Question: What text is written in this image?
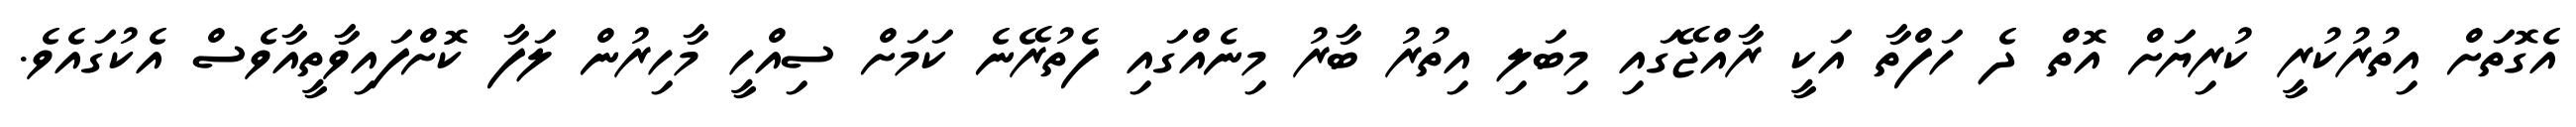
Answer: އެގޮތަށް އިތުރުކުރީ ކުރިޔަށް އޮތް ދެ ހަފްތާ އަކީ ރާއްޖޭގައި މިބަލި އިތުރު ބާރު މިނެއްގައި ފެތުރޭނެ ކަމަށް ސިއްހީ މާހިރުން ލަފާ ކޮށްފައިވާތީއާވެސް އެކުގައެވެ.